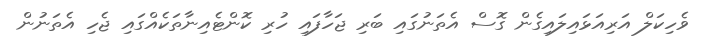
ވެހިކަލް އަރިއަޅައިލައިގެން ގޮސް އެތަނުގައި ބަރި ޖަހާފައި ހުރި ކޮންޓެއިނާތަކެއްގައި ޖެހި އެތަނުން